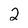
Character: 2